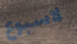
لاسبوع